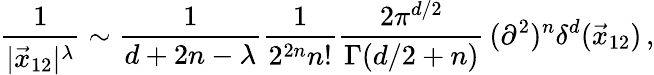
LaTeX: \frac{1}{|\vec{x}_{12}|^{\lambda}}\sim\frac{1}{d+2n-\lambda}\frac{1}{2^{2n}n!}\frac{2\pi^{d/2}}{\Gamma(d/2+n)}\, (\partial^{2})^{n}\delta^{d}(\vec{x}_{12})\, ,